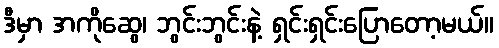
ဒီမှာ အကိုဆွေ၊ ဘွင်းဘွင်းနဲ့ ရှင်းရှင်းပြောတော့မယ်။